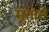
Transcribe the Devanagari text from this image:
मृताने